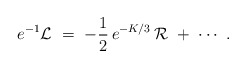
\begin{align*}e^{-1}{\cal L}\ =\ -\frac{1}{2}\,e^{-K/3}\,{\cal R}\ +\ \cdots\ .\end{align*}